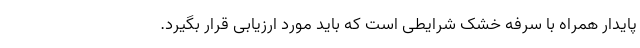
پایدار همراه با سرفه خشک شرایطی است که باید مورد ارزیابی قرار بگیرد.